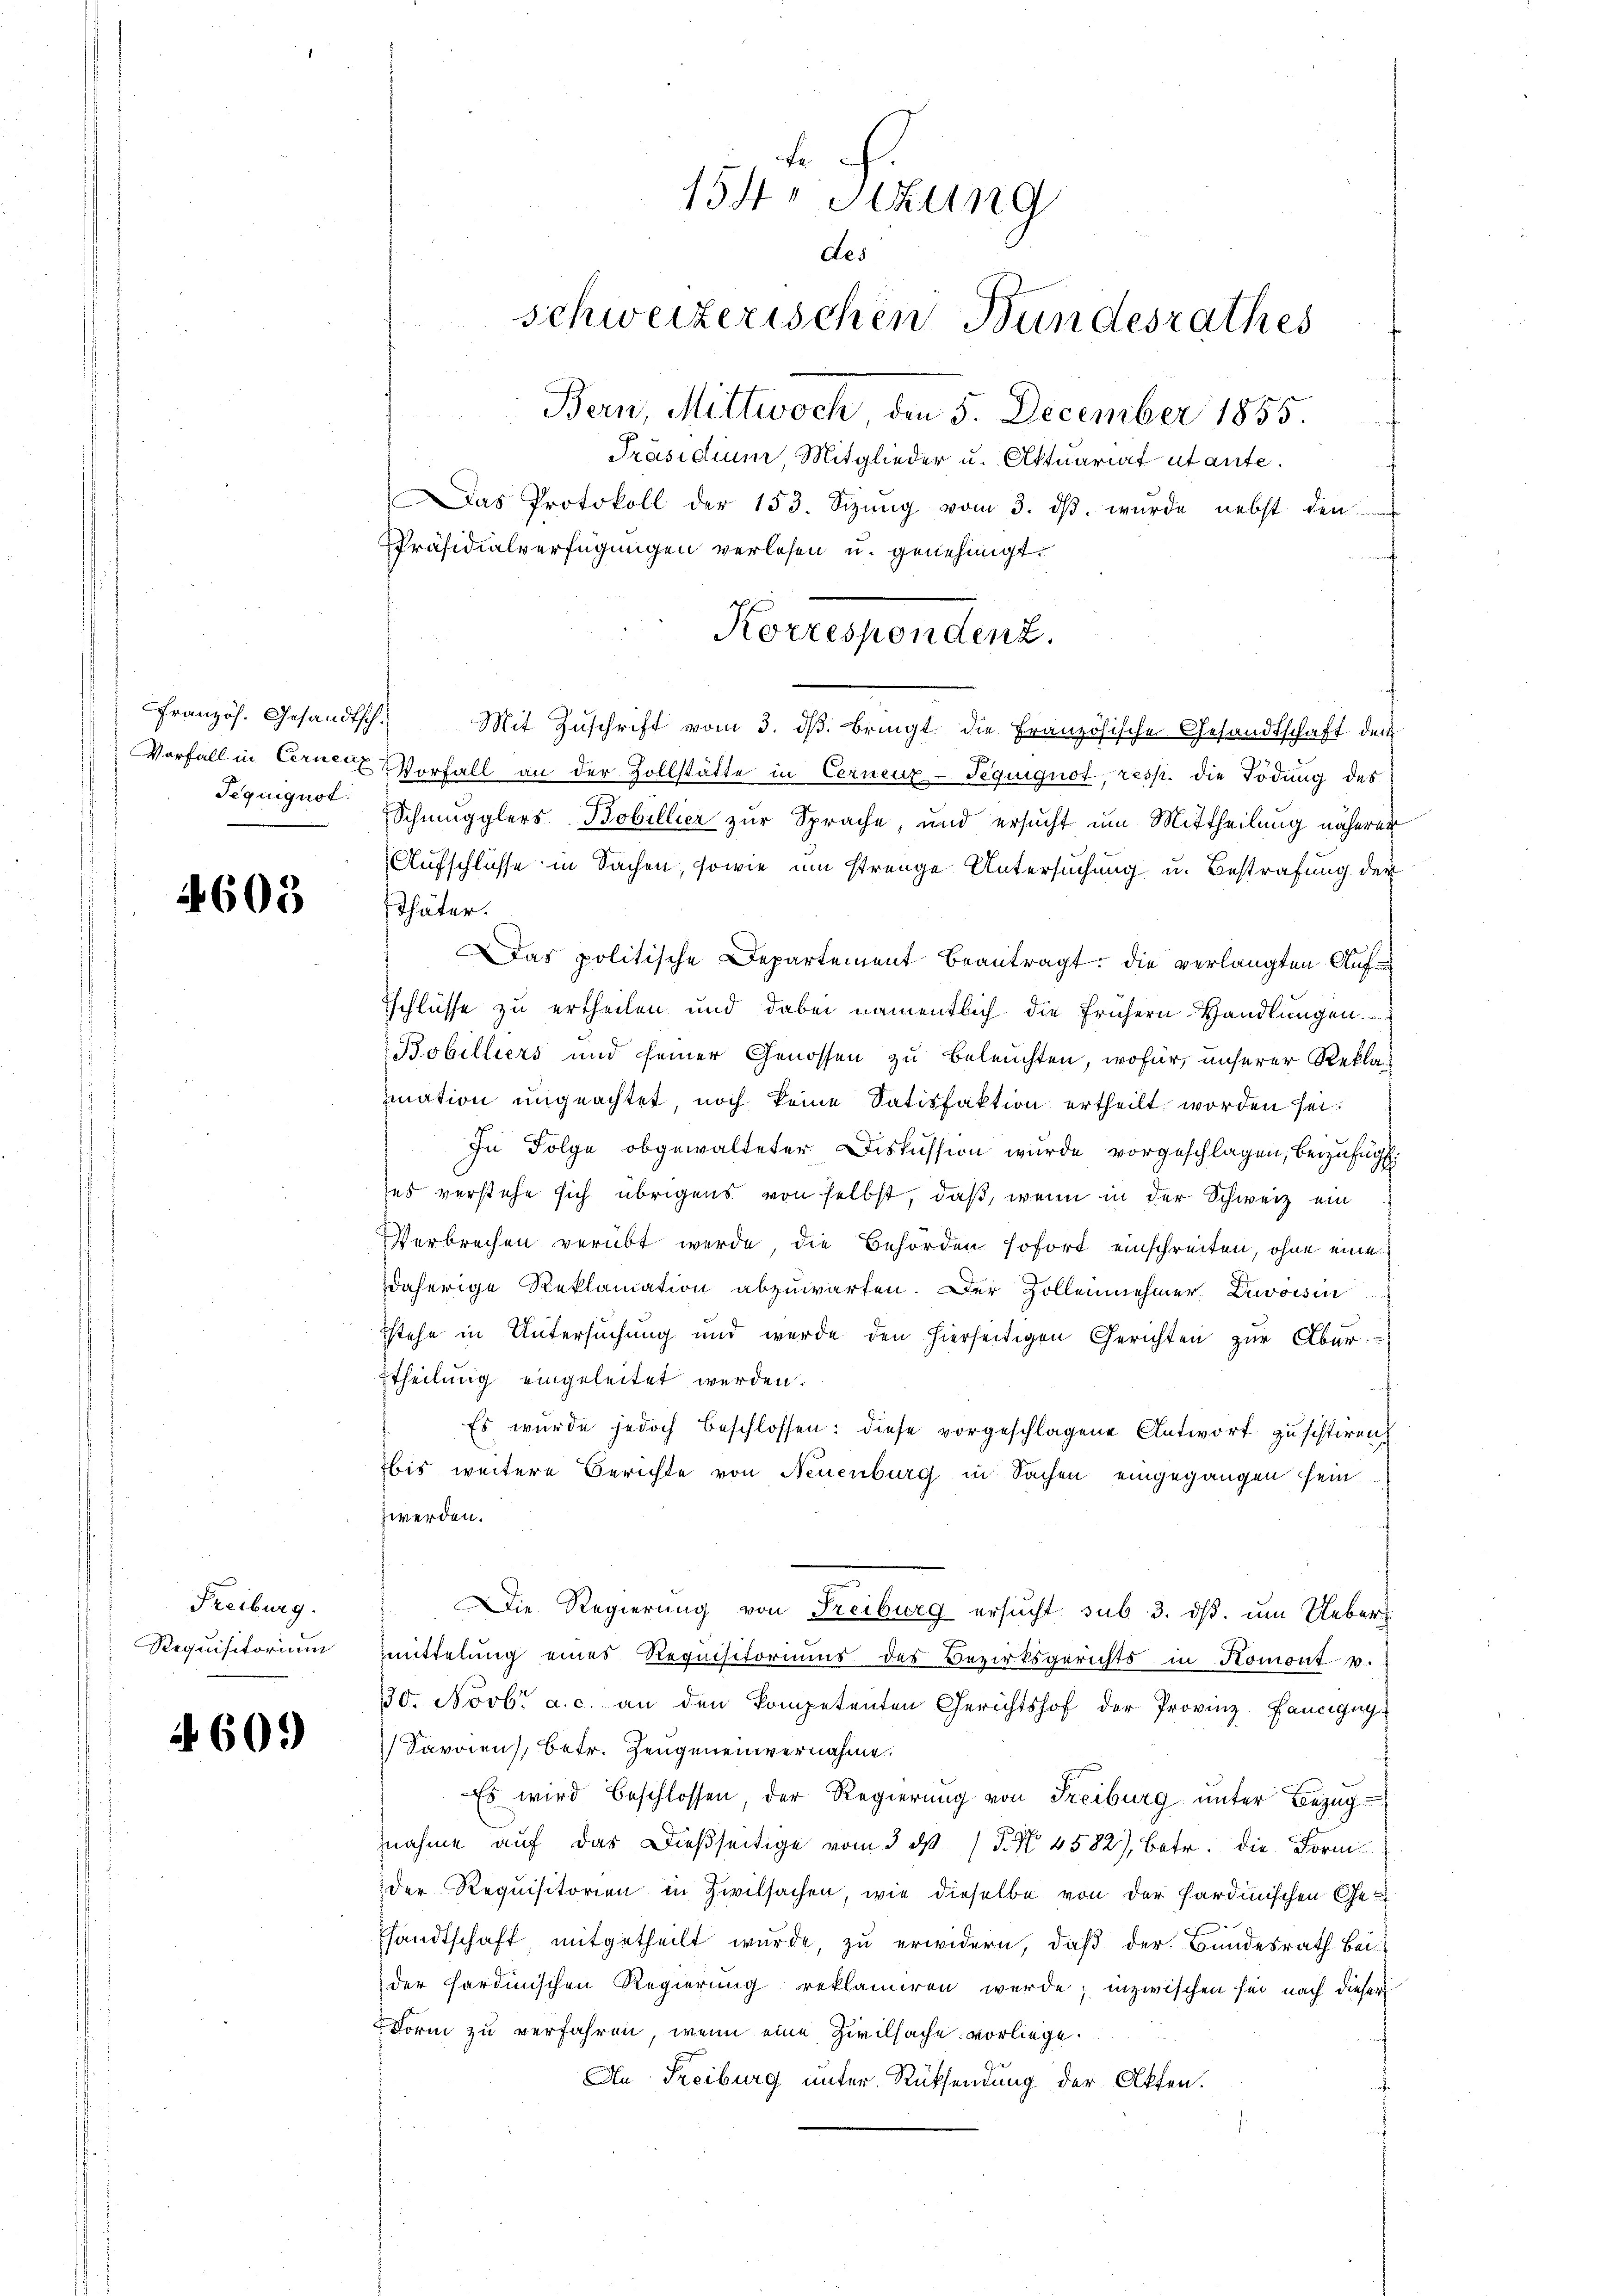
Seguiguot.
e

603

Freiburg.
Requisitorium

§ 60.

F
154. Sitzung
des
schweizerischen Bundesrathes
Bern, Mittwoch, den 5. December 1855.

Präsidium, Mitglieder u. Aktuariat utante.
Das Protokoll der 153. Sizŭng vom 3. dβ. wurde nebst den
Präsidialverfügungen verlesen u. genehmigt.
Französ. Gesandtsch. Mit Zŭschrift vom 3. dβ. bringt die Französische Gesandtschaft dem
Vorfall in Cerner Vorfall an der Zollstätte in Cerneux-Teguignot, resp. die Tödung des
Schmugglers Bobillier zur Sprache, und ersucht um Mittheilung näherer
Aufschlüsse in Sachen, sowie um strenge Untersuchung u. Bestrafung der
sthäter.
Das politische Departement beantragt, die verlangten Aufschlüsse zu ertheilen und dabei namentlich die frühern Handlungen.
Bobilliers und seiner Genossen zu beleuchten, wofür, unserer Reklamation ungeachtet, noch keine Satisfaktion ertheilt worden sei.
In Folge obgewalteter Diskussion wurde vorgeschlagen, beizufügt.
ses verstehe sich übrigens von selbst, daß, wenn in der Schweiz ein
Verbrechen verübt werde, die Behörden sofort einschreiten, ohne eine
daherige Reklamation abzuwarten. Der Zollenehmer Zuvoisin
stehe in Untersuchung und werde den hierseitigen Gerichten zur Aber
ttheilung eingeleitet werden.
Es wurde jedoch beschlossen: diese vorgeschlagene Antwort zu schlieren
bis weitere Berichte von Neuenburg in Sachen eingegangen sein.
hwerden.
Die Regierung von Freiburg ersucht sub 3. ds. um Uebermmittelung eines Requisitoriums des Bezirksgerichts in Komont.
330. Novbr. a. c. an den kompetenten Gerichtshof der Provinz. Fancigug
Savoien), betr. Zeugeneinvernahme.
Es wird beschlossen, der Regierung von Freiburg unter Bezugnahme auf das Dießseitige vom 3. d. P. Nr. 4582), betr. die Fornder Requisitorien in Zivilsachen, wie dieselbe von der Sardinischen Gesandtschaft, mitgetheilt wurde, zu erwidern, daß der Bundesrath beider fordinischen Regierung reklamieren werde; inzwischen sei nach dieser
Form zu verfahren, wenn eine Zivilsache vorliege.
An Freiburg unter Rücksendung der Akten.

Korrespendenz.